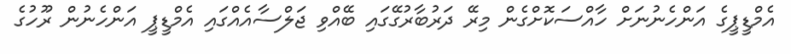
އެމްޑީޕީގެ އަންހެނުނަށް ހާއްސަކޮށްގެން މިރޭ ދަރުބާރުގޭގައި ބޭއްވި ޖަލްސާއެއްގައި އެމްޑީޕީ އަންހެނުން ރޫހުގެ